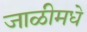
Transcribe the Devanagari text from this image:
जाळीमधे